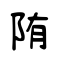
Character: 陏